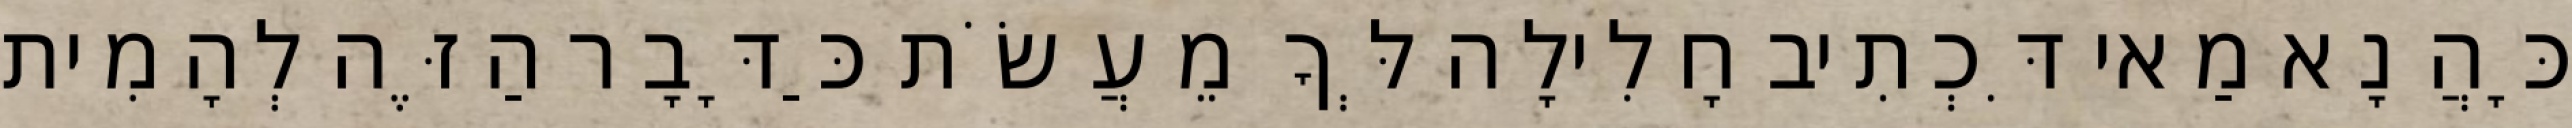
כָּהֲנָא מַאי דִּכְתִיב חָלִילָה לְּךָ מֵעֲשֹׂת כַּדָּבָר הַזֶּה לְהָמִית